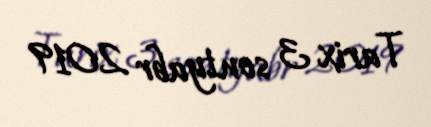
Tarix 3 sentyabr 2019